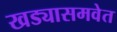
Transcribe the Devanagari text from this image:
खड्यासमवेत